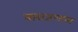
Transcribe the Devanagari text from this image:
बाराजणांना